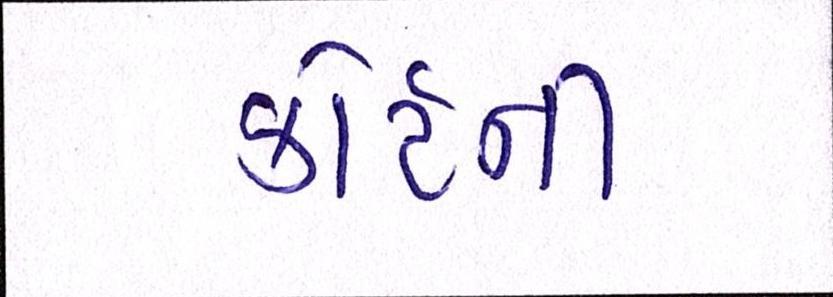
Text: કોર્ટની